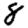
Digit: 8